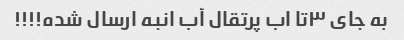
به جای ٣تا اب پرتقال آب انبه ارسال شده!!!!